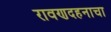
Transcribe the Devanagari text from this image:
रावणदहनाचा